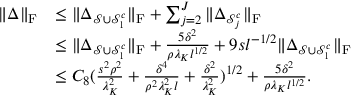
\begin{array} { r l } { \| \boldsymbol { \Delta } \| _ { \mathrm { F } } } & { \leq \| \boldsymbol { \Delta } _ { \mathcal { S } \cup \mathcal { S } _ { 1 } ^ { c } } \| _ { \mathrm { F } } + \sum _ { j = 2 } ^ { J } \| \boldsymbol { \Delta } _ { \mathcal { S } _ { j } ^ { c } } \| _ { \mathrm { F } } } \\ & { \leq \| \boldsymbol { \Delta } _ { \mathcal { S } \cup \mathcal { S } _ { 1 } ^ { c } } \| _ { \mathrm { F } } + \frac { 5 \delta ^ { 2 } } { \rho \lambda _ { K } l ^ { 1 / 2 } } + 9 s l ^ { - 1 / 2 } \| \boldsymbol { \Delta } _ { \mathcal { S } \cup \mathcal { S } _ { 1 } ^ { c } } \| _ { \mathrm { F } } } \\ & { \leq C _ { 8 } ( \frac { s ^ { 2 } \rho ^ { 2 } } { \lambda _ { K } ^ { 2 } } + \frac { \delta ^ { 4 } } { \rho ^ { 2 } \lambda _ { K } ^ { 2 } l } + \frac { \delta ^ { 2 } } { \lambda _ { K } ^ { 2 } } ) ^ { 1 / 2 } + \frac { 5 \delta ^ { 2 } } { \rho \lambda _ { K } l ^ { 1 / 2 } } . } \end{array}